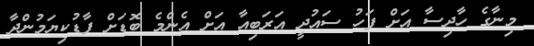
މިނާގެ ހާދިސާ އަށް ފަހު ސައުދީ އަރަބިއާ އަށް އެންމެ ބޮޑަށް ފާޑުކިޔަމުންދާ